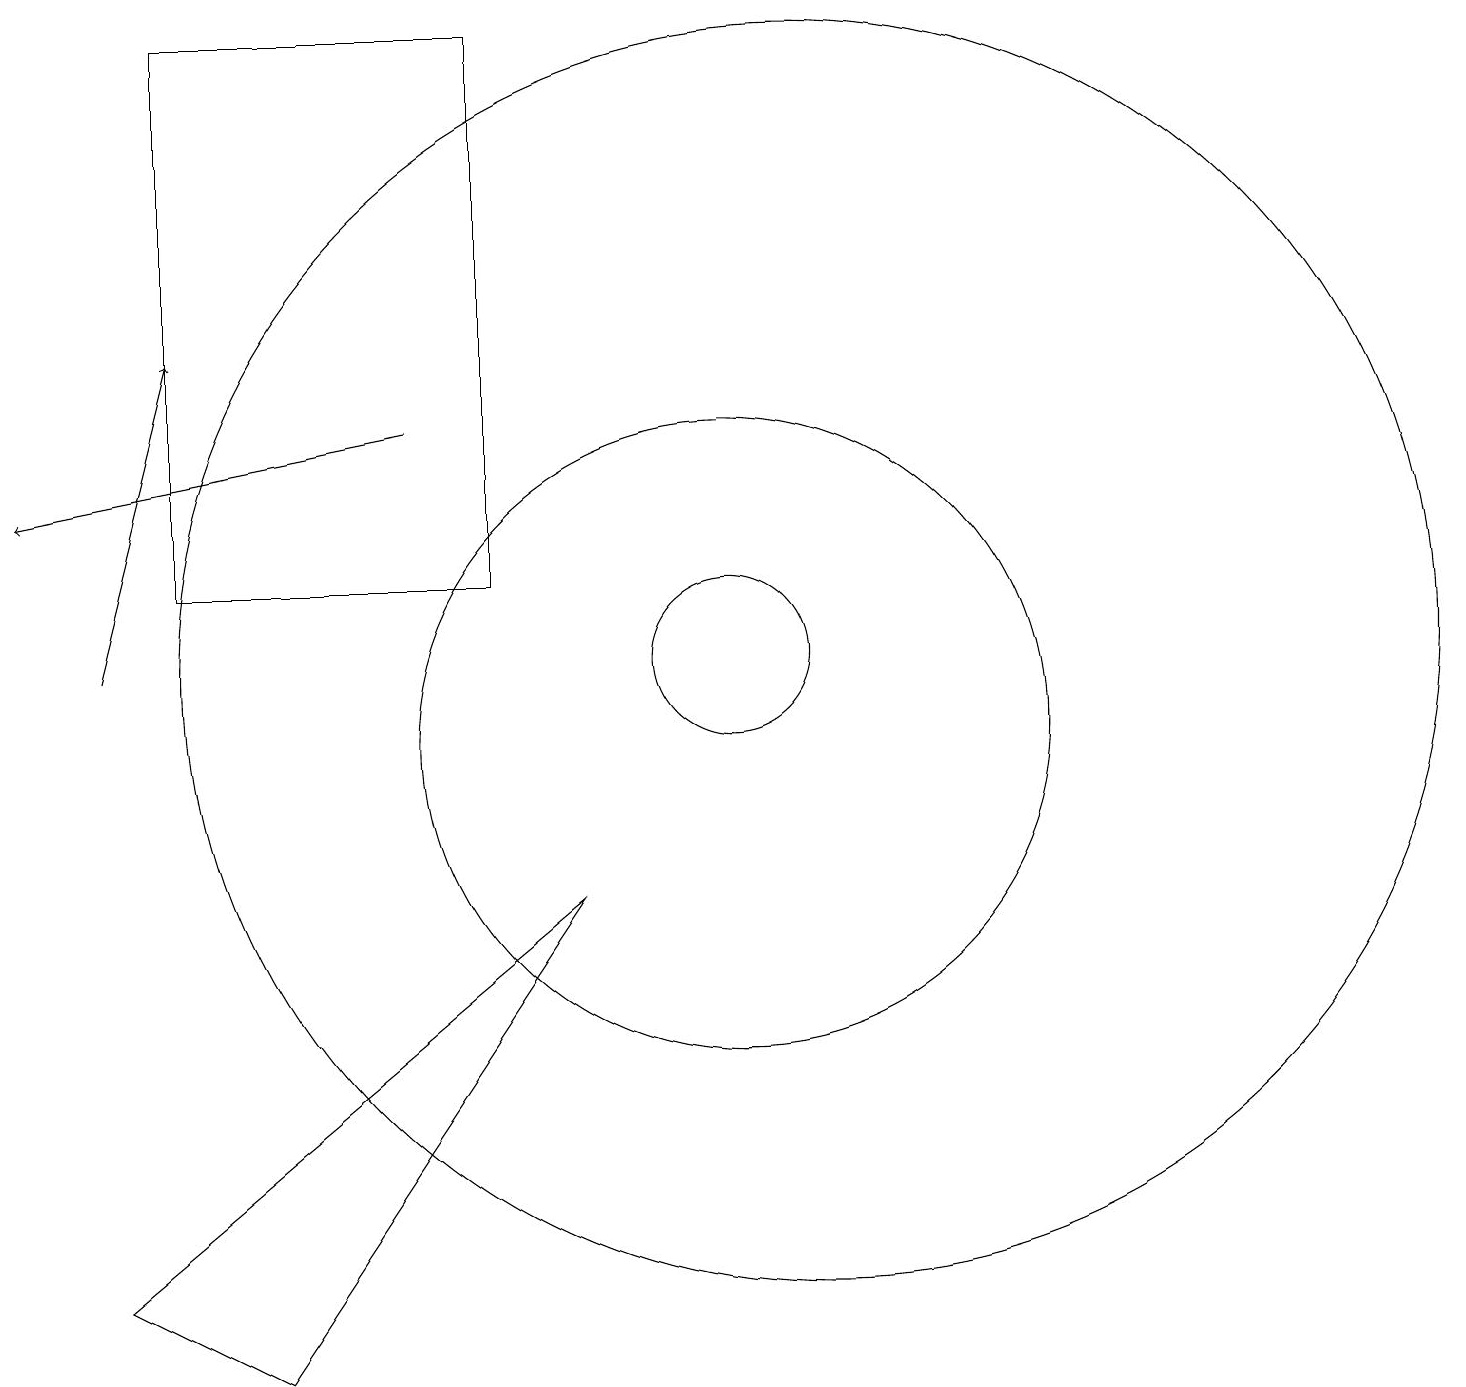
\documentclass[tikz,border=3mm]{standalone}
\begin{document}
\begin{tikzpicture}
\draw (3,19) rectangle (7,12);
\draw (8,8) -- (2,3) -- (4,2) -- cycle;
\draw[->] (2,11) -- (3,15);
\draw (10,10) circle (4);
\draw (10,11) circle (1);
\draw (11,11) circle (8);
\draw[->] (6,14) -- (1,13);
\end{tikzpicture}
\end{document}